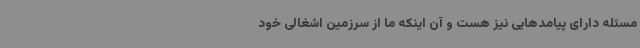
مسئله دارای پیامدهایی نیز هست و آن اینکه ما از سرزمین‌ اشغالی خود